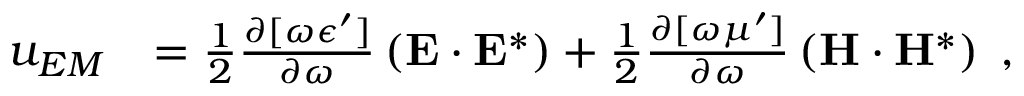
\begin{array} { r l } { u _ { E M } } & { = \frac { 1 } { 2 } \frac { \partial [ \omega \epsilon ^ { \prime } ] } { \partial \omega } \left( { \bf { E } } \cdot { \bf { E } } ^ { * } \right) + \frac { 1 } { 2 } \frac { \partial [ \omega \mu ^ { \prime } ] } { \partial \omega } \left( { \bf { H } } \cdot { \bf { H } } ^ { * } \right) \; , } \end{array}